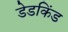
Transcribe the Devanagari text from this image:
डेडकिंड